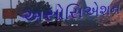
અસોસિએશન